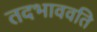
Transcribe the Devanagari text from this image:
तदभाववति